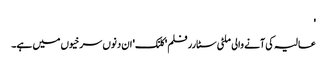
'
عالیہ کی آنے والی ملٹی سٹارر فلم 'کلنک' ان دنوں سرخیوں میں ہے۔